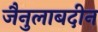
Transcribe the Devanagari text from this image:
जैनुलाबदीन